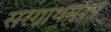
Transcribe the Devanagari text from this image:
सरगाथमका